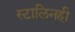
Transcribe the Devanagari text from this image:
स्टालिनही